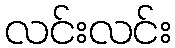
လင်းလင်း